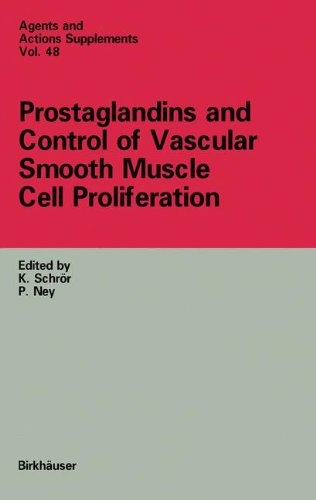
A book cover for Prostaglandins and Control of Vascular Smooth Muscle Cell Proliferation; Medical Books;